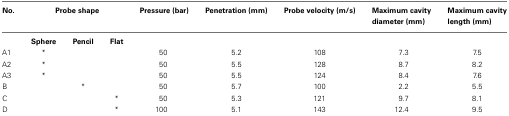
<table><thead><tr><td><b>No.</b></td><td colspan="3"><b>Probe shape</b></td><td><b>Pressure (bar)</b></td><td><b>Penetration (mm)</b></td><td><b>Probe velocity (m/s)</b></td><td><b>Maximum cavity diameter (mm)</b></td><td><b>Maximum cavity length (mm)</b></td></tr></thead><tbody><tr><td>[EMPTY_CELL]</td><td><b>Sphere</b></td><td><b>Pencil</b></td><td><b>Flat</b></td><td>[EMPTY_CELL]</td><td>[EMPTY_CELL]</td><td>[EMPTY_CELL]</td><td>[EMPTY_CELL]</td><td>[EMPTY_CELL]</td></tr><tr><td>A1</td><td>*</td><td>[EMPTY_CELL]</td><td>[EMPTY_CELL]</td><td>50</td><td>5.2</td><td>108</td><td>7.3</td><td>7.5</td></tr><tr><td>A2</td><td>*</td><td>[EMPTY_CELL]</td><td>[EMPTY_CELL]</td><td>50</td><td>5.5</td><td>128</td><td>8.7</td><td>8.2</td></tr><tr><td>A3</td><td>*</td><td>[EMPTY_CELL]</td><td>[EMPTY_CELL]</td><td>50</td><td>5.5</td><td>124</td><td>8.4</td><td>7.6</td></tr><tr><td>B</td><td>[EMPTY_CELL]</td><td>*</td><td>[EMPTY_CELL]</td><td>50</td><td>5.7</td><td>100</td><td>2.2</td><td>5.5</td></tr><tr><td>C</td><td>[EMPTY_CELL]</td><td>[EMPTY_CELL]</td><td>*</td><td>50</td><td>5.3</td><td>121</td><td>9.7</td><td>8.1</td></tr><tr><td>D</td><td>[EMPTY_CELL]</td><td>[EMPTY_CELL]</td><td>*</td><td>100</td><td>5.1</td><td>143</td><td>12.4</td><td>9.5</td></tr></tbody></table>